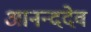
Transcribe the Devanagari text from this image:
आनन्ददेव